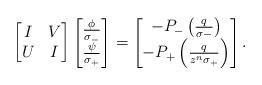
LaTeX: \begin{align*}\begin{bmatrix}I & V \\U & I\end{bmatrix} \begin{bmatrix}\frac{\phi}{\sigma_{-}} \\\frac{\psi}{\sigma_{+}}\end{bmatrix} = \begin{bmatrix}-P_{-}\left( \frac{q}{\sigma{-}} \right) \\-P_{+} \left( \frac{q}{z^{n}\sigma_{+}} \right)\end{bmatrix}.\end{align*}